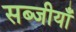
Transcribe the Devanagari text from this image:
सब्जीयाँ